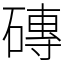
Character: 磚